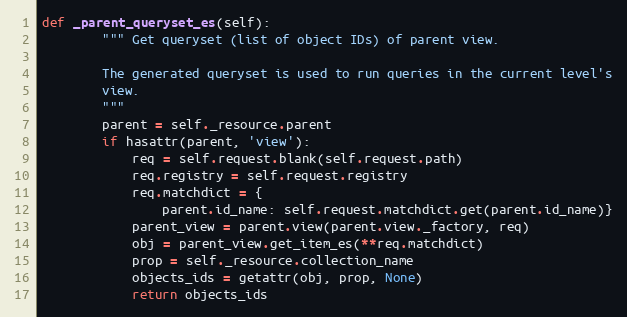
Language: Python
def _parent_queryset_es(self):
        """ Get queryset (list of object IDs) of parent view.

        The generated queryset is used to run queries in the current level's
        view.
        """
        parent = self._resource.parent
        if hasattr(parent, 'view'):
            req = self.request.blank(self.request.path)
            req.registry = self.request.registry
            req.matchdict = {
                parent.id_name: self.request.matchdict.get(parent.id_name)}
            parent_view = parent.view(parent.view._factory, req)
            obj = parent_view.get_item_es(**req.matchdict)
            prop = self._resource.collection_name
            objects_ids = getattr(obj, prop, None)
            return objects_ids